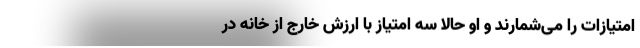
امتیازات را می‌شمارند و او حالا سه امتیاز با ارزش خارج از خانه در